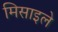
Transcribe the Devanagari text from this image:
मिसाइले